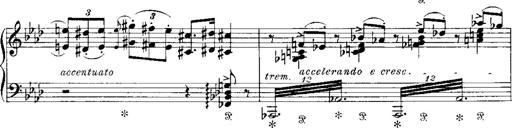
Title: Miserere du Trovatore
Composer: Franz Liszt